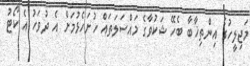
މަޖިލީހުގެ އިންތިޚާބާ ބެހޭ ޝަކުވާގެ މައްސަލަތައް ހުށަހެޅުމަށް އެ ދުވަހު އެ ކޯޓު